Civil Veterinary Dept. North-West Frontier Province 1923-32 - 1923-1932
Year: 1923
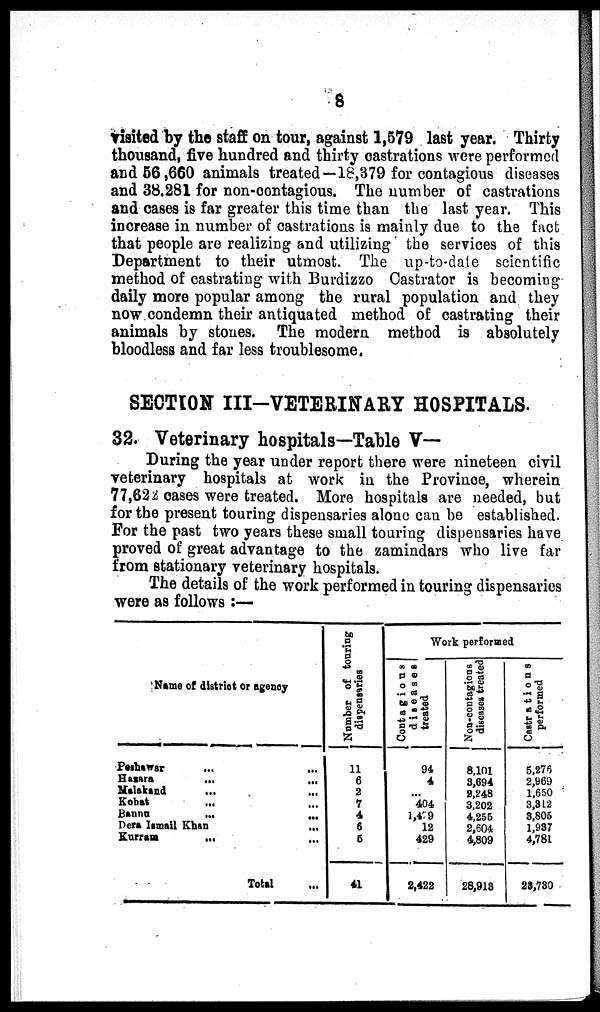
8
visited by the staff on tour, against 1,579 last year. Thirty
thousand, five hundred and thirty castrations were performed
and 56,660 animals treated—18,379 for contagious diseases
and 38,281 for non-contagious. The number of castrations
and cases is far greater this time than the last year. This
increase in number of castrations is mainly due to the fact
that people are realizing and utilizing the services of this
Department to their utmost. The up-to-date scientific
method of castrating with Burdizzo Castrator is becoming
daily more popular among the rural population and they
now condemn their antiquated method of castrating their
animals by stones. The modern method is absolutely
bloodless and far less troublesome.
SECTION III-VETERINARY HOSPITALS.
32. Veterinary hospitals—Table V—
During the year under report there were nineteen civil
veterinary hospitals at work in the Province, wherein
77,622 cases were treated. More hospitals are needed, but
for the present touring dispensaries alone can be established.
For the past two years these small touring dispensaries have
proved of great advantage to the zamindars who live far
from stationary veterinary hospitals.
The details of the work performed in touring dispensaries
were as follows:—
Name of district or agency
Peshawar ... ...
Hazara
...
...
Malakand ... ...
Kohat ... ... ...
Banna ... ...
Dera Ismail Khan ... ...
Kurram
... ...
Total ...
Number of touring
dispensaries
11
6
2
7
4
6
5
41
Work performed
Contagious
diseases
treated
94
4
...
404
1,449
12
429
2,422
Non-contagious
diseases treated
8,101
3,694
2,248
3,202
4,255
2,604
4,809
28,913
Castrations
performed
5,276
2,969
1,650
3,312
3,805
1,937
4,781
23,730